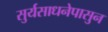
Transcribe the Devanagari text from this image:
सुर्यसाधनेपासुन